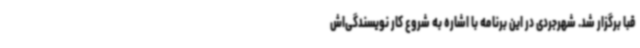
قبا برگزار شد. شهرجردی در این برنامه با اشاره به شروع کار نویسندگی‌اش